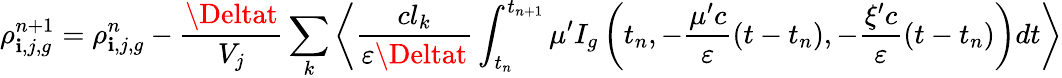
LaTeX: \rho_{\mathbf{i},j,g}^{n\mathrm{{+1}}}=\rho_{\mathbf{i},j,g}^{n}-\frac{{\Deltat}}{{V_{j}}}\sum_{k}\left\langle\frac{{cl_{k}}}{{\varepsilon\Deltat}}\int_{t_{n}}^{t_{n+1}}\mu^{\prime}I_{g}\left(t_{n},-\frac{{\mu^{\prime}c}}{{\varepsilon}}\left(t-t_{n}\right),-\frac{{\xi^{\prime}c}}{{\varepsilon}}\left(t-t_{n}\right)\right)dt\right\rangle